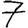
Digit: 7